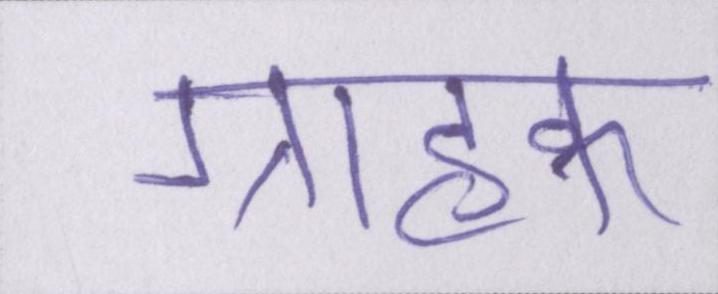
ग्राहक